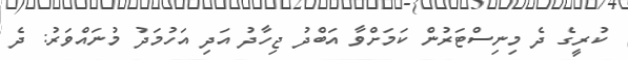
ކުރީގެ ދެ މިނިސްޓަރުން ކަމަށްވާ އަބްދު ޖިހާދު އަދި އަހުމަދު މުނައްވަރު: ދެ